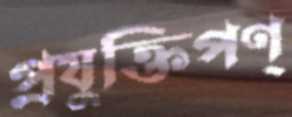
প্রযুক্তিপণ্